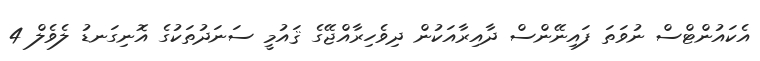
އެކައުންޓްސް ނުވަތަ ފައިނޭންސް ދާއިރާއަކުން ދިވެހިރާއްޖޭގެ ޤައުމީ ސަނަދުތަކުގެ އޮނިގަނޑު ލެވެލް 4